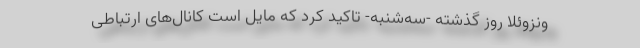
ونزوئلا روز گذشته -سه‌شنبه- تاکید کرد که مایل است کانال‌های ارتباطی